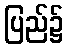
ပြည်၌